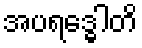
အပရဒ္ဓေါတိ